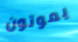
يموتون